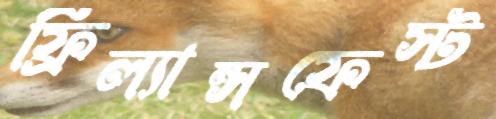
ফ্রিল্যান্সফেস্ট